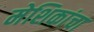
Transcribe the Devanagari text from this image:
मेशिकांचा